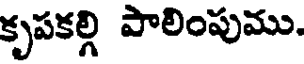
కృపకల్గి పాలింపుము.